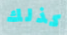
كذلك